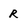
Character: R